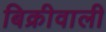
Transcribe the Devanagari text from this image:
बिक्रीवाली